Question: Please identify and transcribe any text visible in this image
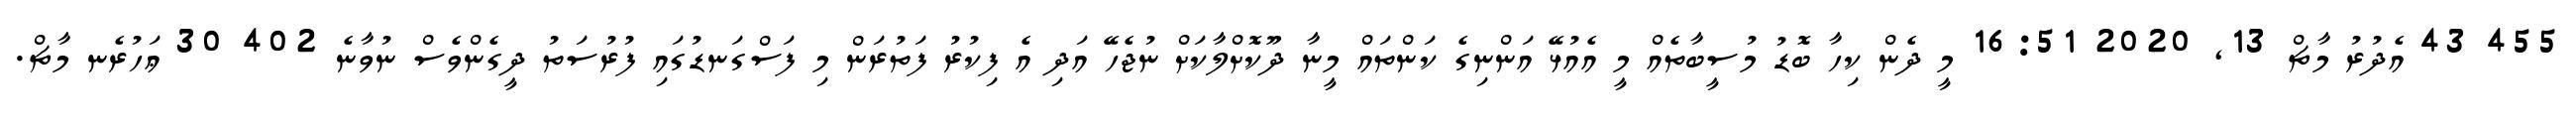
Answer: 455 43 އެދުރު މާޗް 13, 2020 16:51 މީ ދެން ކިހާ ބޮޑު މުސީބާތެއް މީ އެއުޅޭ އަންނިގެ ކަންތައް މީނާ ދޫކޮށްލާކަށް ނުޖެހޭ އަދި އެ ފިކުރު ފަތުރަން މި ފަސްގަނޑުގައި ފުރުސަތު ދީގެންވެސް ނުވާނެ 402 30 ޢަހުރެނ މާޗް.